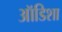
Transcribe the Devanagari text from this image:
ऑडिशा